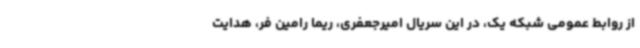
از روابط عمومی شبکه یک، در این سریال امیرجعفری، ریما رامین فر، هدایت